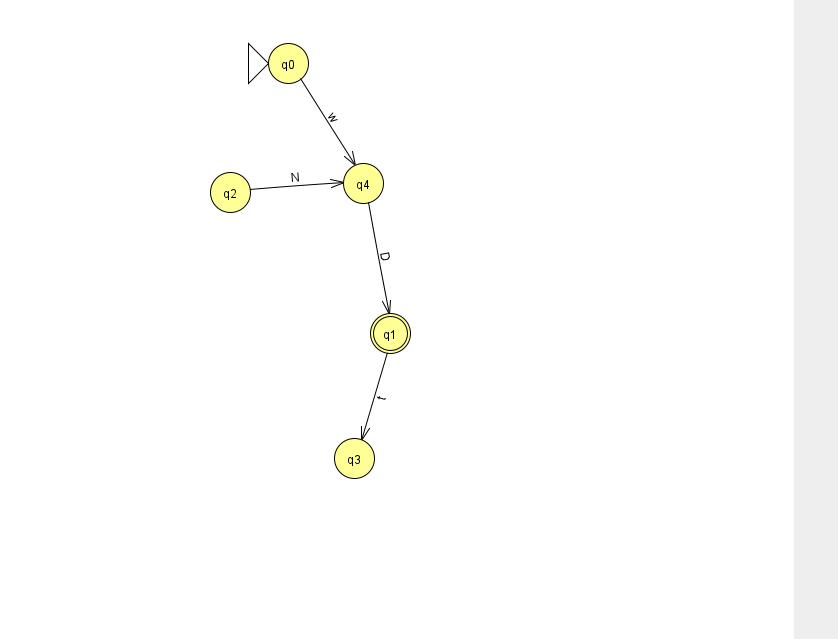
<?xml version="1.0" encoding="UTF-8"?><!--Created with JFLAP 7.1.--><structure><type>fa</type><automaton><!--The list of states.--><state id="0" name="q0"><x>288.0</x><y>50.0</y><initial/></state><state id="1" name="q1"><x>390.0</x><y>320.0</y><final/></state><state id="2" name="q2"><x>230.0</x><y>179.0</y></state><state id="3" name="q3"><x>354.0</x><y>445.0</y></state><state id="4" name="q4"><x>363.0</x><y>170.0</y></state><!--The list of transitions.--><transition><from>0</from><to>4</to><read>w</read></transition><transition><from>1</from><to>3</to><read>t</read></transition><transition><from>4</from><to>1</to><read>D</read></transition><transition><from>2</from><to>4</to><read>N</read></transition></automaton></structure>